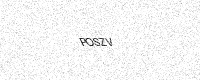
Text: POSZV